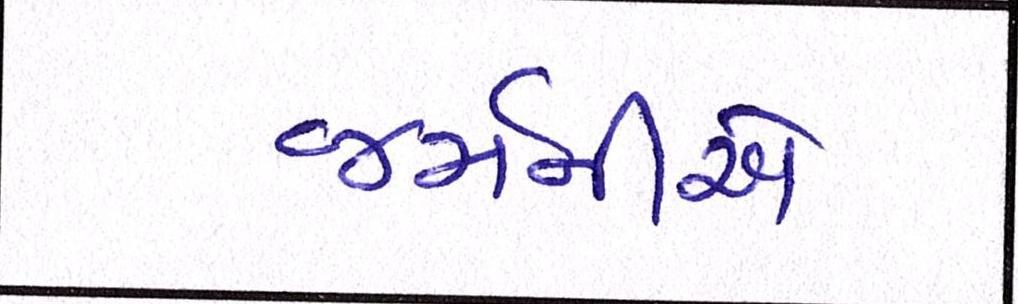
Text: જર્મનીએ